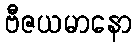
ဗီဇယမာနော